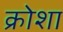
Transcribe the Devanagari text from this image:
क्रोशा